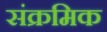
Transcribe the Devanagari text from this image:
संक्रमिक